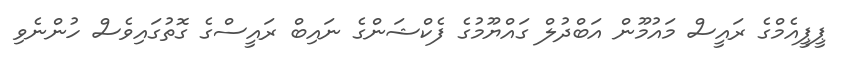
ޕީޕީއެމްގެ ރައީސް މައުމޫން އަބްދުލް ގައްޔޫމުގެ ފެކްޝަންގެ ނައިބް ރައީސްގެ ގޮތުގައިވެސް ހުންނެވި